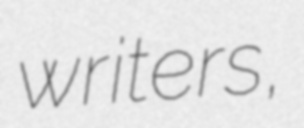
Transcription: writers,